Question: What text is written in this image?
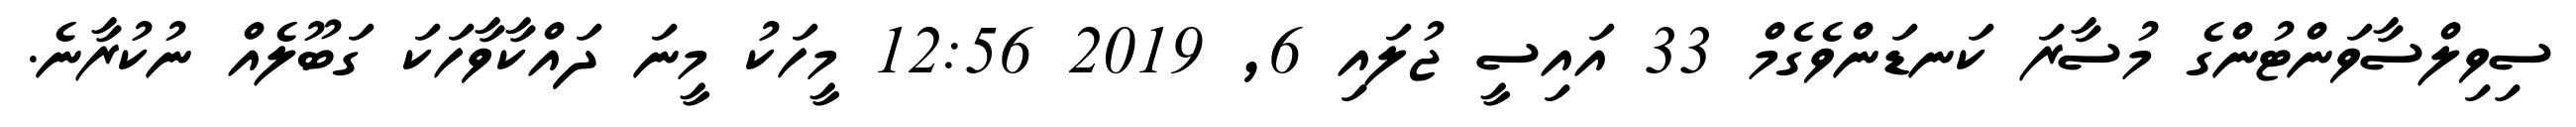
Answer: ސިވިލްސާވަންޓުންގެ މުސާރަ ކަނޑަންވެގެމް 33 އައިސީ ޖުލައި 6, 2019 12:56 މީހަކު މީނަ ދައްކާވާހަކަ ގަބޫލެއް ނުކުރާނެ.